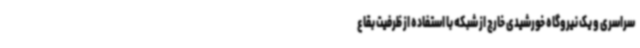
سراسری و یک نیروگاه خورشیدی خارج از شبکه با استفاده از ظرفیت بقاع